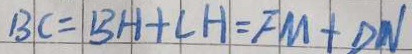
B C = B H + C H = F M + D N